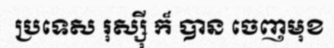
ប្រទេស រុស្ស៊ី ក៏ បាន ចេញមុខ